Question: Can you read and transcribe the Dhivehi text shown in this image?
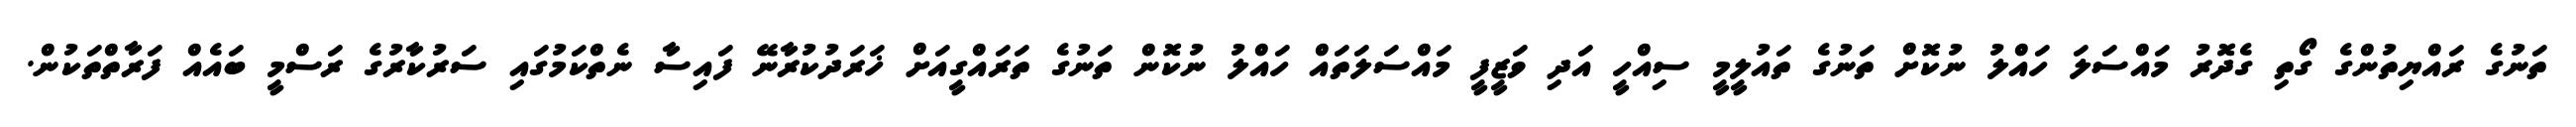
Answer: ތަނުގެ ރައްޔިތުންގެ ގޯތި ގެދޮރު މައްސަލަ ހައްލު ނުކޮށް ތަނުގެ ތައުލީމީ ސިއްހީ އަދި ވަޒީފީ މައްސަލަތައް ހައްލު ނުކޮން ތަނުގެ ތަރައްގީއަށް ޚަރަދުކުރާނޭ ފައިސާ ނެތްކަމުގައި ސަރުކާރުގެ ރަސްމީ ބައެއް ފަރާތްތަކުން.